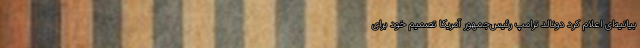
بیانیه‌ای اعلام کرد دونالد ترامپ رئیس‌جمهور آمریکا تصمیم خود برای